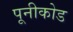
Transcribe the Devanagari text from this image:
पूनीकोड